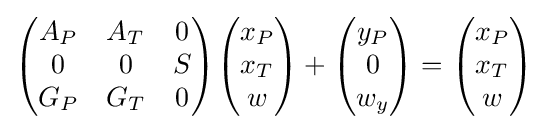
{\begin{pmatrix}A_{P}&A_{T}&0\\0&0&S\\G_{P}&G_{T}&0\end{pmatrix}}{\begin{pmatrix}x_{P}\\x_{T}\\w\end{pmatrix}}+{\begin{pmatrix}y_{P}\\0\\w_{y}\end{pmatrix}}={\begin{pmatrix}x_{P}\\x_{T}\\w\end{pmatrix}}